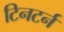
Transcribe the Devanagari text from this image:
टिनटर्न